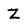
Character: Z